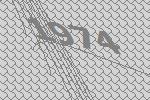
1974